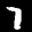
Label: 7